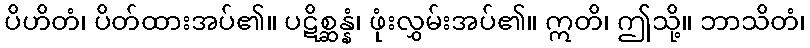
ပိဟိတံ၊ ပိတ်ထားအပ်၏။ ပဋိစ္ဆန္နံ၊ ဖုံးလွှမ်းအပ်၏။ ဣတိ၊ ဤသို့။ ဘာသိတံ၊